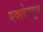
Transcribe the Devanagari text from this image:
एक्स्त्रेमदुरा